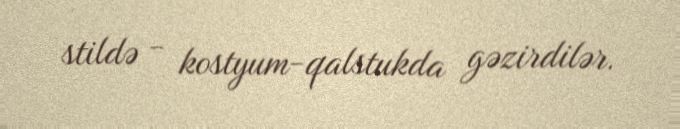
stildə - kostyum-qalstukda gəzirdilər.